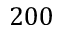
2 0 0